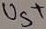
Text: U5+